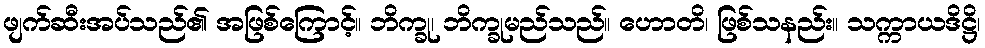
ဖျက်ဆီးအပ်သည်၏ အဖြစ်ကြောင့်။ ဘိက္ခု၊ ဘိက္ခုမည်သည်။ ဟောတိ၊ ဖြစ်သနည်း။ သက္ကာယဒိဋ္ဌိ၊